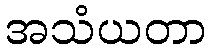
အသံယတာ